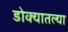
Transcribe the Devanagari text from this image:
डोक्यातल्या